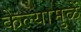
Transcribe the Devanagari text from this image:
केल्यामुळें